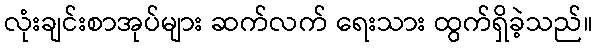
လုံးချင်းစာအုပ်များ ဆက်လက် ရေးသား ထွက်ရှိခဲ့သည်။